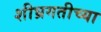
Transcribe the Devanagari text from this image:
शीघ्रगतीच्या